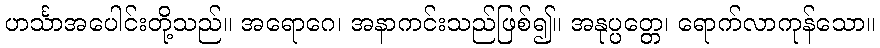
ဟင်္သာအပေါင်းတို့သည်။ အရောဂေ၊ အနာကင်းသည်ဖြစ်၍။ အနုပ္ပတ္တေ၊ ရောက်လာကုန်သော။